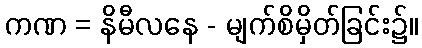
ကဏ = နိမီလနေ - မျက်စိမှိတ်ခြင်း၌။